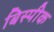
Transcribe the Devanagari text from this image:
बिस्पीक